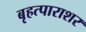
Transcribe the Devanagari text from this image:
बृहत्पाराशर